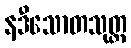
နဒီသောတသုတ္တ